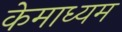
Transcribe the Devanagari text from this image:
केमाध्यम